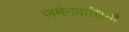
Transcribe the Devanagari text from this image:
जर्मनवासियाँ